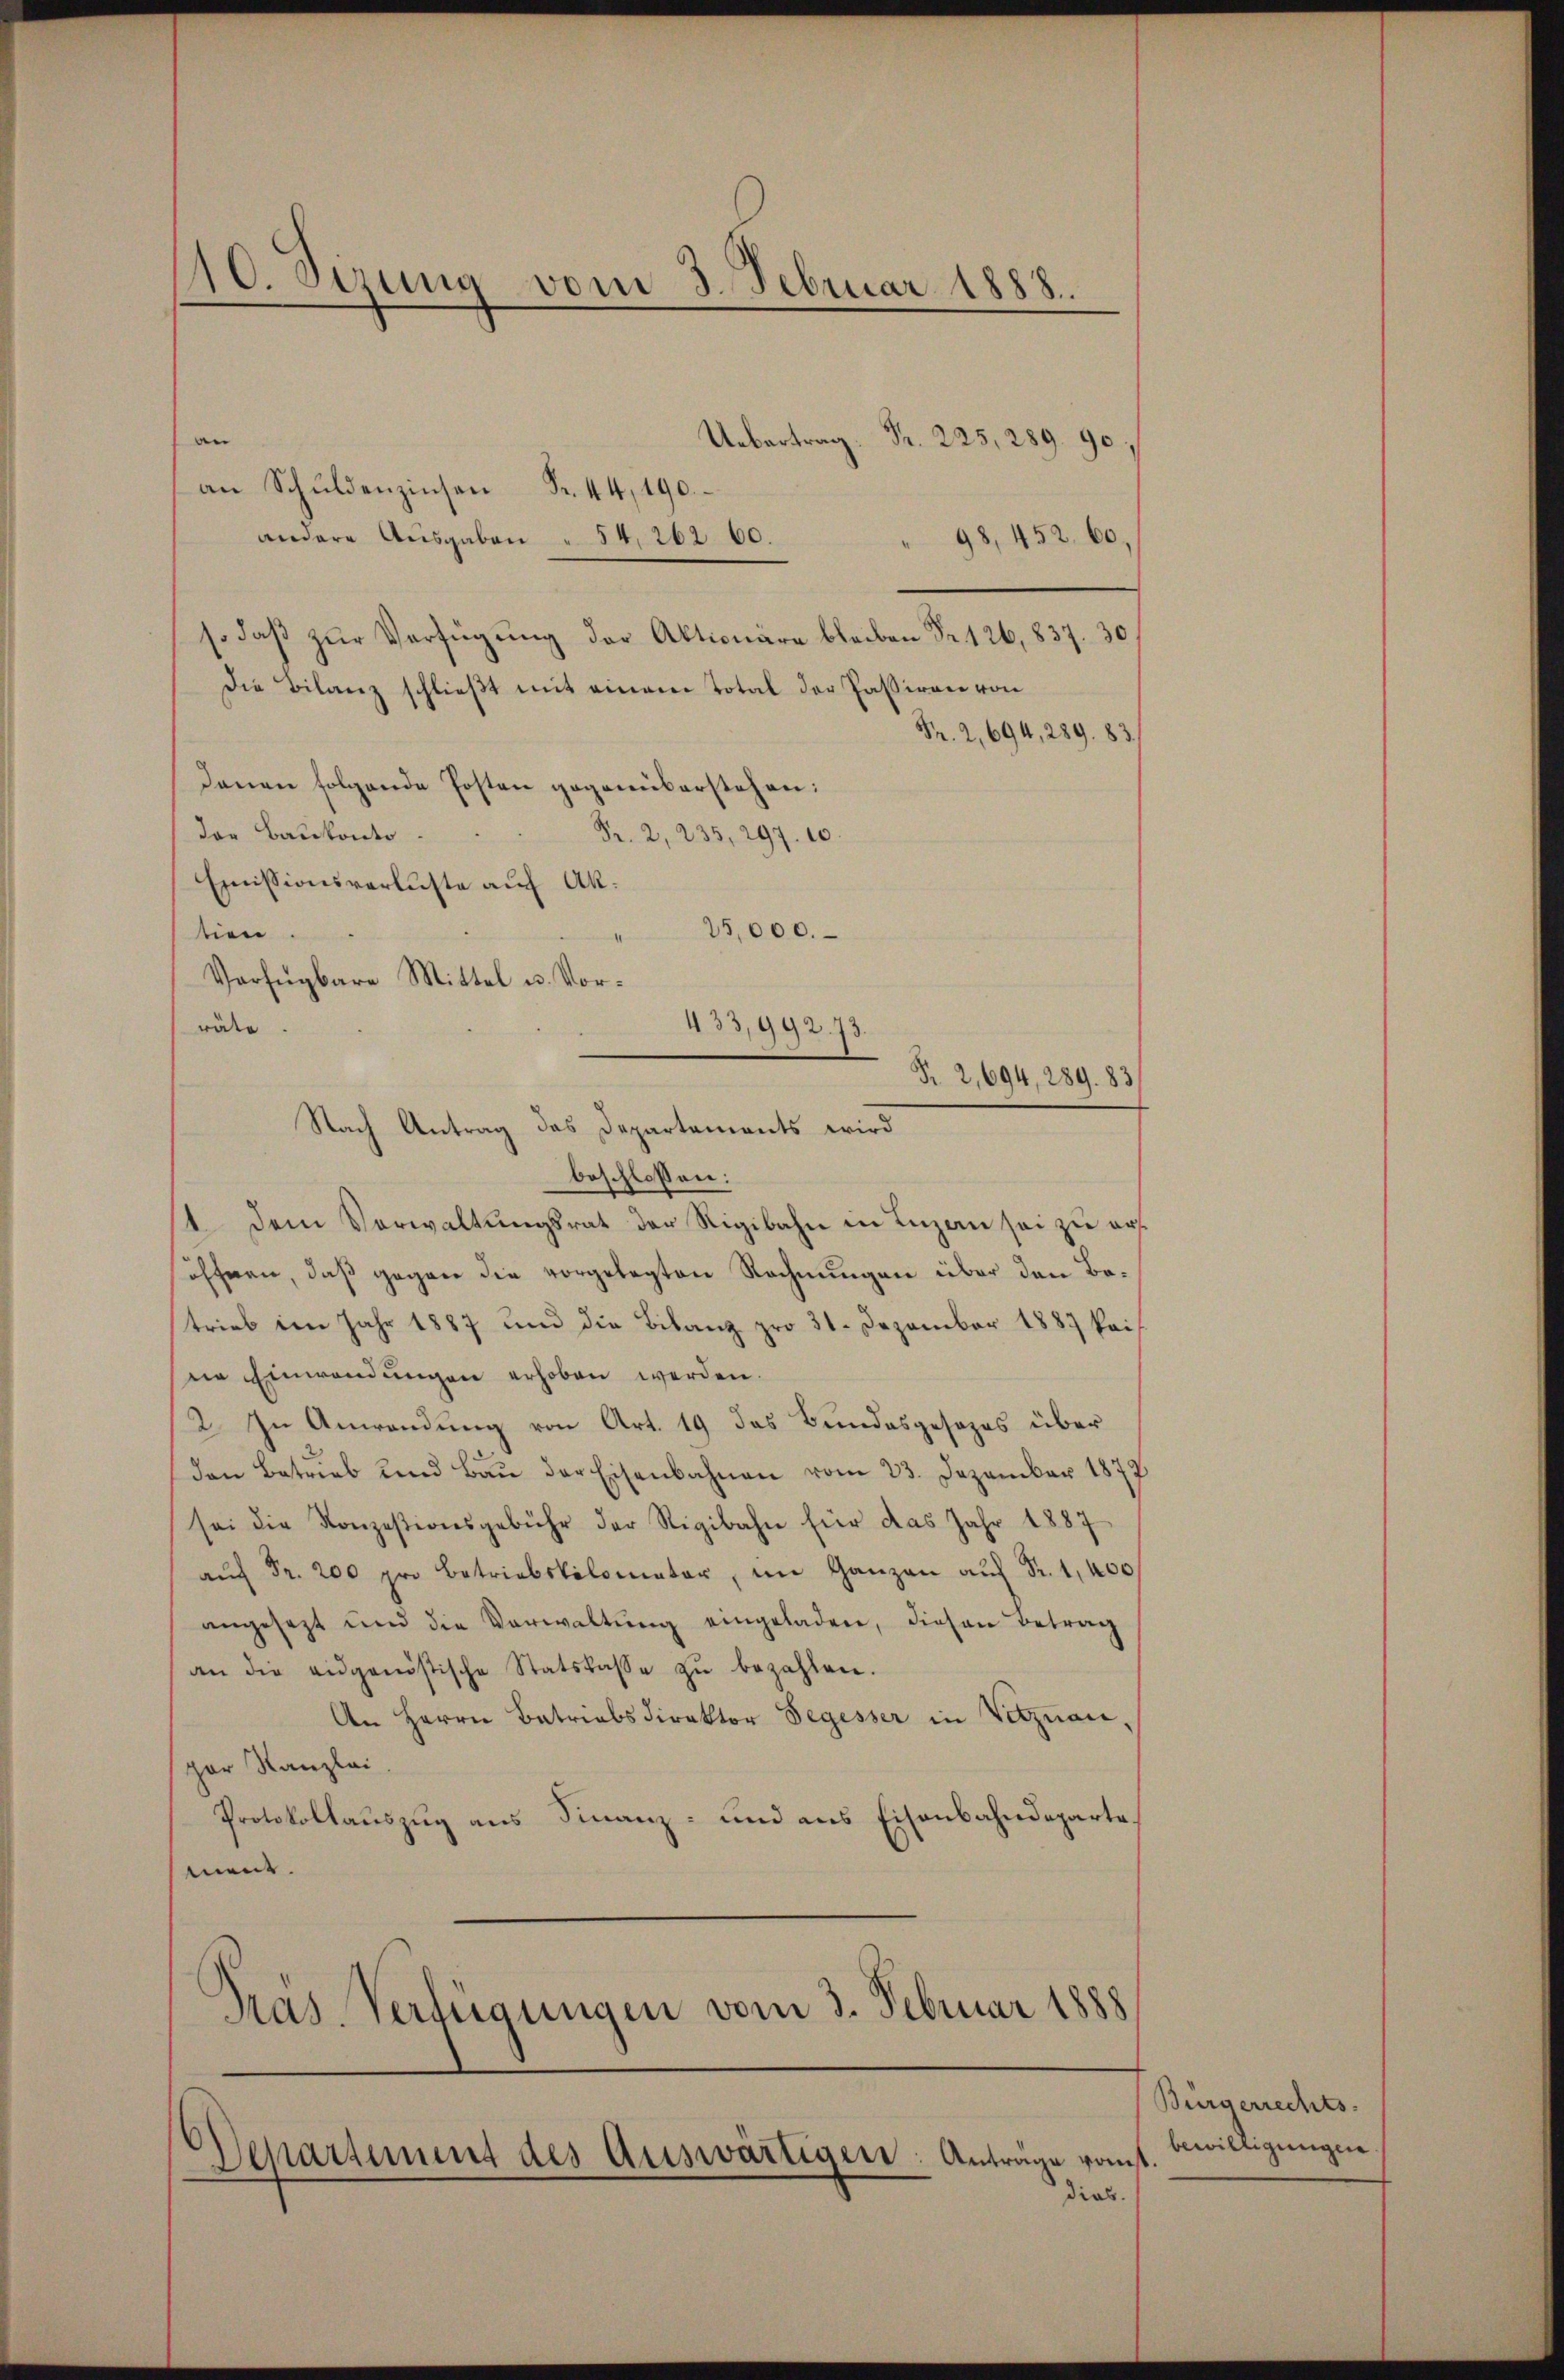
40. Sizung vom 3. Februar 1888.

n
Uebertrag. Pr. 225,289. 90.
an Schŭldenzinsen Fr. 44, 190.
andere Ausgaben " 54, 262 60.
98, 452. 60,
so daβ zŭr Verfügung der Aktionäre bleiben Fr. 126, 837. 30
Die Bilanz schließt mit einem Total der Passiren von
Fr. 2, 694, 289. 83.
denen folgende Posten gegenüberstehen:
der Baukonto
Fr. 2, 235, 297. 10.
Emissionsverluste auf Ak¬
25,000.
tien.
Verfügbare Mittel u. Vor-
räte
beschlossen:
1. Dem Verwaltungsrat der Rigibahn in Luzen sei zu ersöffnen, daß gegen die vorgelegten Rechnungen über den Betrieb im Jahr 1887 und die Bilanz pro 31. Dezember 1887 kai
die Einwendungen erhoben werden.
2. In Anwendung von Art. 19 das Bundesgesezes über
den Betrieb und Bau der Eisenbahnen vom 23. Dezember 1877
sei die Konzesionsgebühr der Rigibahn für das Jahr 1887
ŭ Fr. 200 pro Betriebskolomater, im Ganzen aŭf Fr. 1,400
angesetzt und die Verwaltŭng eingeladen, diesen Betrag
an die eidgenössische Statskasse zŭ bezahlen.
An Herrn Betriebsdirektor Segesser in Vitznau,
par Kanzlei
Protokollauszug aus Finanz- und aus Eisenbahndeparte.
ment.
Pras. Verfügungen vom 3. Februar 1888

433,992. 73
Fr. 2,694, 289. 83
Nach Antrag das Departements wird

Departement des Auswärtigen: Antrage sonst

dias.

Bürgerrechts-
bewilligungen.